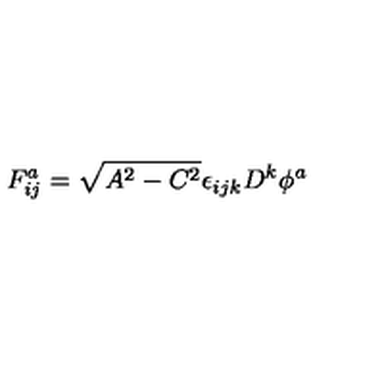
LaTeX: F _ { i j } ^ { a } = \sqrt { A ^ { 2 } - C ^ { 2 } } \epsilon _ { i j k } D ^ { k } \phi ^ { a }